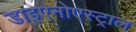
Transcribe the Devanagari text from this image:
डाइएनोएस्ट्राल